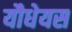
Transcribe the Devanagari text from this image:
यौधेयस